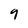
Character: 9